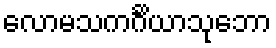
လောမသကင်္ဂိယာသုဘော